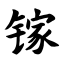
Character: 镓